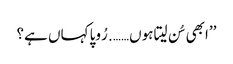
’’ابھی سُن لیتا ہوں……. رُوپا کہاں ہے؟